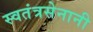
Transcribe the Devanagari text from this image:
स्वतंत्रसेनानी